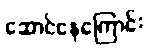
ဆောင်နေကြောင်း